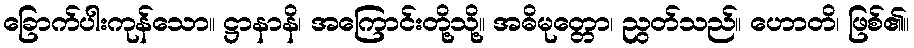
ခြောက်ပါးကုန်သော။ ဋ္ဌာနာနိ၊ အကြောင်းတို့သို့။ အဓိမုတ္တော၊ ညွတ်သည်။ ဟောတိ၊ ဖြစ်၏။